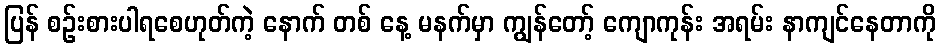
ပြန် စဉ်းစားပါရစေဟုတ်ကဲ့ နောက် တစ် နေ့ မနက်မှာ ကျွန်တော့် ကျောကုန်း အရမ်း နာကျင်နေတာကို